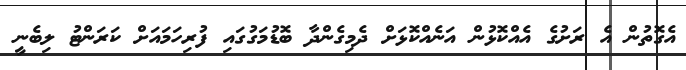
އެގޮތުން އެ ރަށުގެ އެއްކޮޅުން އަނެއްކޮޅަށް ދެމިގެންދާ ބޮޑުމަގުގައި ފުރިހަމައަށް ކަރަންޓު ލިބެނީ